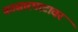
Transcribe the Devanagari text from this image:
कासारघाटावर